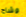
وشاح